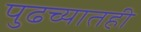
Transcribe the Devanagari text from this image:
पुढच्यातही